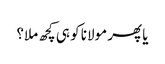
یا پھر مولانا کو ہی کچھ ملا؟